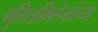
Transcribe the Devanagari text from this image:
भुमिअभिलेखांच्या